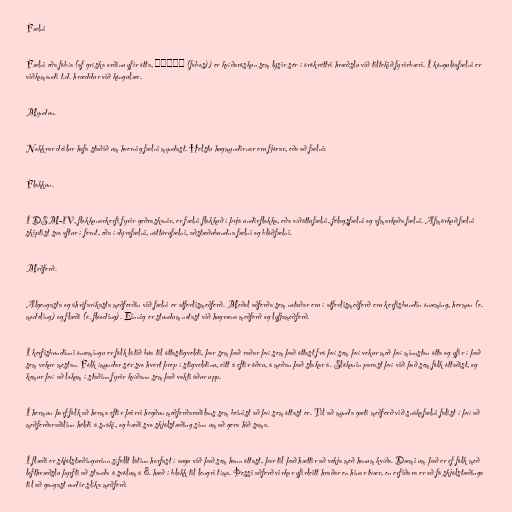
Fælni

Fælni eða fóbía (af gríska orðinu yfir ótta, φόβος (fobos)) er kvíðaröskun sem lýsir sér í órökréttri hræðslu við tiltekið fyrirbæri. Í kóngulóafælni er
viðkomandi t.d. hræddur við kóngulær.

Myndun.

Nokkrar deilur hafa staðið um hvernig fælni myndast. Helstu hugmyndirnar eru fjórar, eða að fælni:

Flokkun.

Í DSM-IV, flokkunarkerfi fyrir geðraskanir, er fælni flokkuð í þrjá undirflokka, eða víðáttufælni, félagsfælni og afmarkaða fælni. Afmörkuð fælni
skiptist svo aftur í fernt, eða í dýrafælni, náttúrufælni, aðstæðubundna fælni og blóðfælni.

Meðferð.

Algengasta og áhrifaríkasta meðferðin við fælni er atferlismeðferð. Meðal aðferða sem notaðar eru í atferlismeðferð eru kerfisbundin ónæming, hermun (e.
modeling) og flæði (e. flooding). Einnig er stundum notast við hugræna meðferð og lyfjameðferð.

Í kerfisbundinni ónæmingu er fólk látið búa til óttastigveldi, þar sem það raðar því sem það óttast frá því sem því vekur með því minnstan ótta og yfir í það
sem vekur mestan. Fólk ímyndar sér svo hvert þrep í stigveldinu, eitt á eftir öðru, á meðan það slakar á. Slökunin parast því við það sem fólk óttaðist, og
kemur því að lokum í staðinn fyrir kvíðann sem það vakti áður upp.

Í hermun þarf fólk að herma eftir þeirri hegðun meðferðaraðilans sem beinist að því sem óttast er. Til að mynda gæti meðferð við snákafælni falist í því að
meðferðaraðilinn héldi á snáki, og bæði svo skjólstæðing sinn um að gera hið sama.

Í flæði er skjólstæðingurinn sífellt látinn horfast í augu við það sem hann óttast, þar til það hættir að vekja með honum kvíða. Dæmi um það er ef fólk með
lofthræðslu þyrfti að standa á svölum á 8. hæð í blokk til lengri tíma. Þessi aðferð virkar yfirleitt hraðar en hinar tvær, en erfiðara er að fá skjólstæðinga
til að gangast undir slíka meðferð.